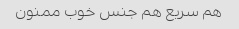
هم سریع هم جنس خوب ممنون